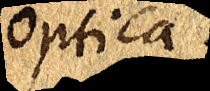
Optica.